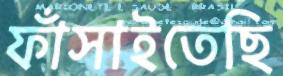
ফাঁসাইতেছি